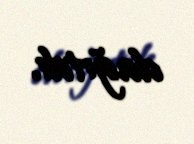
dağıtdı.